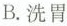
B. 洗胃